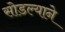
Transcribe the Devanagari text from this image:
सोडल्याने